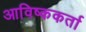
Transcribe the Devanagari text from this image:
आविष्ककर्ता